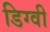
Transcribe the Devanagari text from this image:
डिग्वी